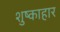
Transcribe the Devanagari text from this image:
शुष्काहार